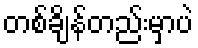
တစ်ချိန်တည်းမှာပဲ